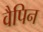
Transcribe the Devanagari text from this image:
वैपिन